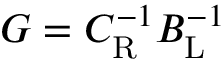
G = C _ { \mathrm { R } } ^ { - 1 } B _ { \mathrm { L } } ^ { - 1 }